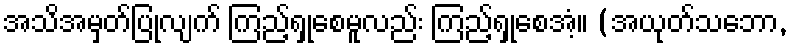
အသိအမှတ်ပြုလျက် ကြည့်ရှုစေမူလည်း ကြည့်ရှုစေအံ့။ (အယုတ်သဘော,